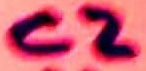
Text: C2